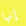
إنها